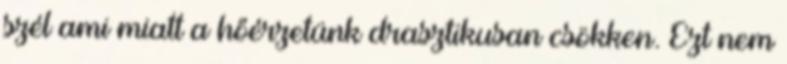
szél ami miatt a hőérzetünk drasztikusan csökken. Ezt nem